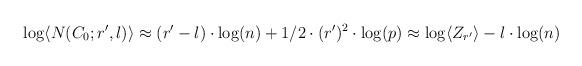
LaTeX: \begin{align*}\log\langle N(C_0;r',l)\rangle\approx(r'-l)\cdot\log(n)+1/2\cdot (r')^2\cdot\log(p)\approx \log\langle Z_{r'}\rangle-l\cdot\log(n)\end{align*}